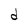
Character: d